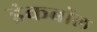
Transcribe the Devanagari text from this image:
इंकबॉल